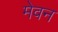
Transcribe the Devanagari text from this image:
मेवन